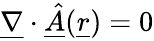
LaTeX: \underline{{\nabla}}\cdot\underline{{\hat{A}}}(\underline{{r}})=0